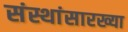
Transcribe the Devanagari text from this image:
संस्थांसारख्या